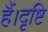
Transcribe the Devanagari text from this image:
हैं।दृष्टि